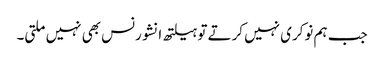
جب ہم نوکری نہیں کرتے تو ہیلتھ انشورنس بھی نہیں‌ملتی۔